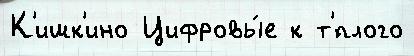
К'ишк'ино Цифровы́е к т'́плого